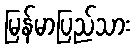
မြန်မာပြည်သား